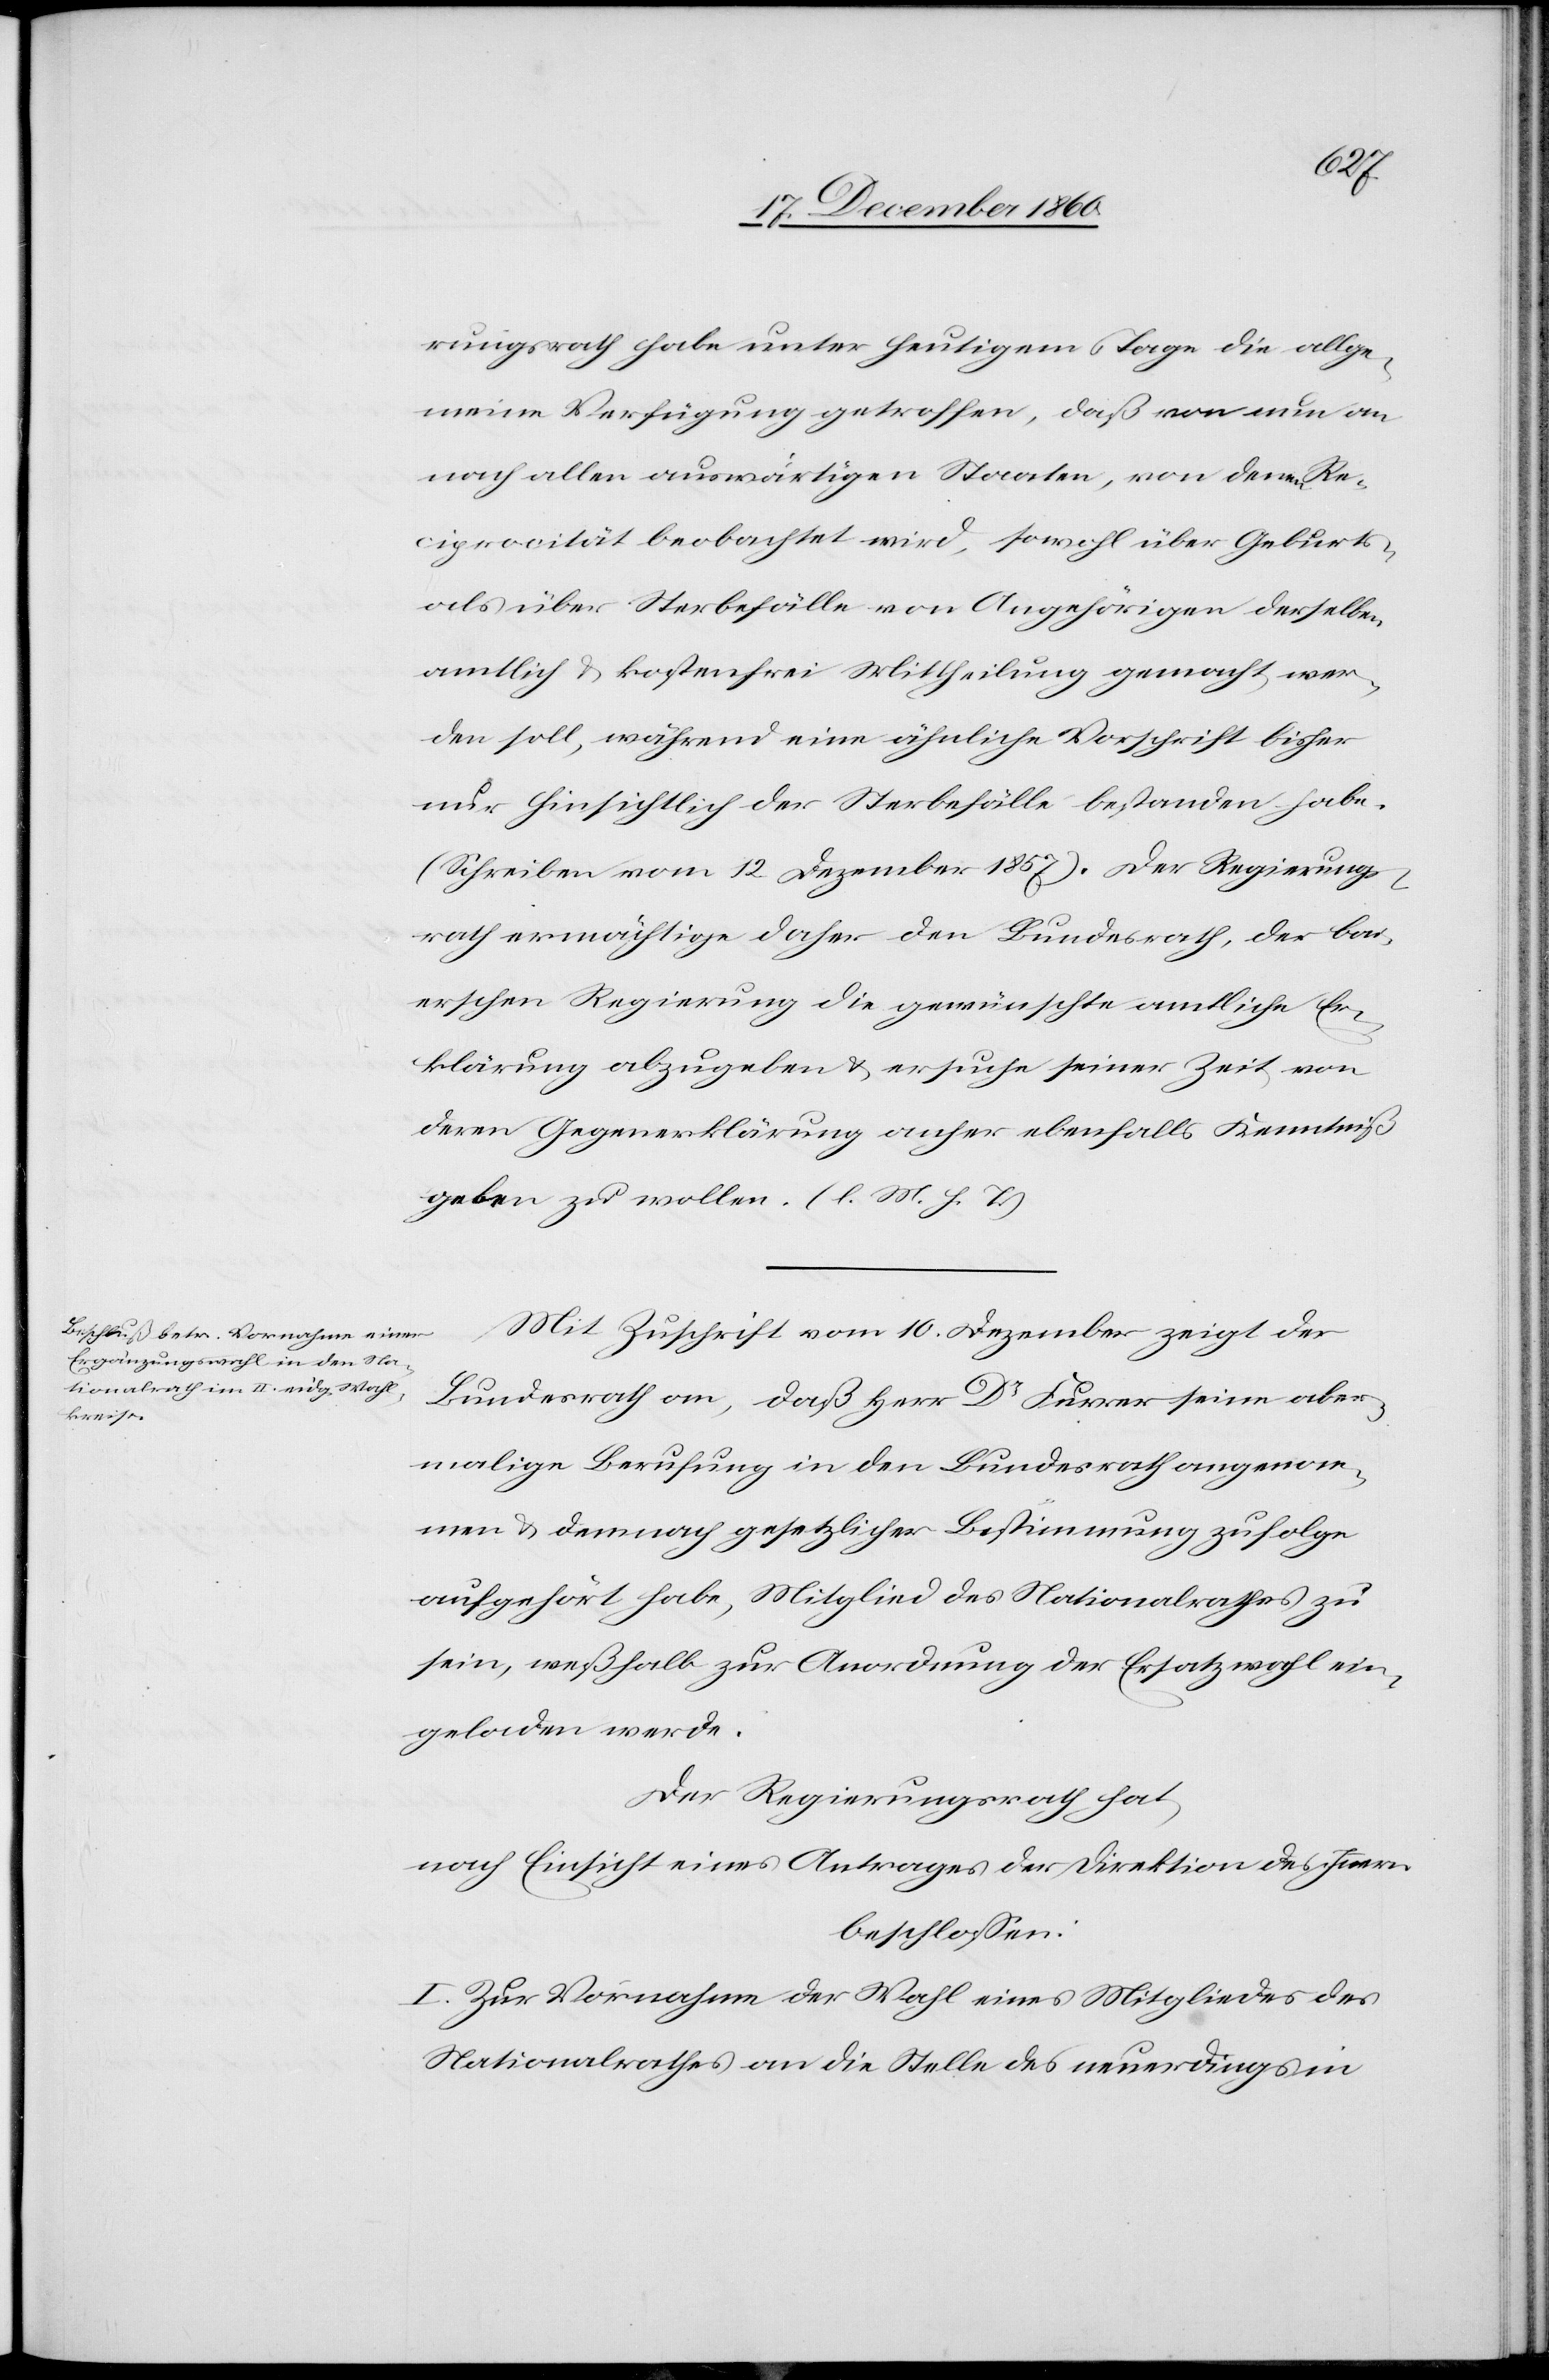
rungsrath habe unter heutigem Tage die allge¬
meine Verfügung getroffen, daß von nun an
nach allen auswärtigen Staaten, von denen Re¬
ciprocität beobachtet wird, sowohl über Geburts-
als über Sterbefälle von Angehörigen derselben
amtlich u. kostenfrei Mittheilung gemacht wer¬
den soll, während eine ähnliche Vorschrift bisher
nur hinsichtlich der Sterbefälle bestanden habe.
(Schreiben vom 12. Dezember 1857). Der Regierungs¬
rath ermächtige daher den Bundesrath, der bai¬
erschen Regierung die gewünschte amtliche Er¬
klärung abzugeben u. ersuche seiner Zeit von
deren Gegenerklärung anher ebenfalls Kenntniß
geben zu wollen. (l. M. h. T.)
Mit Zuschrift vom 10. Dezember zeigt der
Bundesrath an, daß Herr Dr Furrer seine aber¬
malige Berufung in den Bundesrath angenom¬
men u. demnach gesetzlicher Bestimmung zufolge
aufgehört habe, Mitglied des Nationalrathes zu
sein, weßhalb zur Anordnung der Ersatzwahl ein¬
geladen werde.
Der Regierungsrath hat,
nach Einsicht eines Antrages der Direktion des Innern
beschlossen:
I. Zur Vornahme der Wahl eines Mitgliedes des
Nationalrathes an die Stelle des neuerdings in